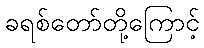
ခရစ်တော်တို့ကြောင့်